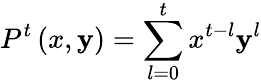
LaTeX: P^{t}\left(x,\mathbf{y}\right)=\sum_{l=0}^{t}x^{t-l}\mathbf{y}^{l}